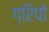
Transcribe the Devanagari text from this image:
ग्रिपों